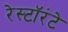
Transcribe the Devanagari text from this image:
रेस्टॉरंटे